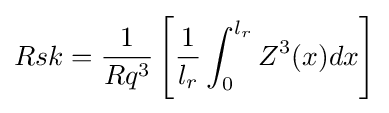
Rsk={\frac {1}{Rq^{3}}}\left[{\frac {1}{l_{r}}}\int _{0}^{l_{r}}Z^{3}(x)dx\right]